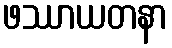
ဖဿာယတနာ